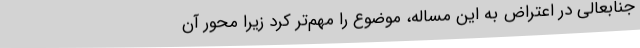
جنابعالی در اعتراض به این مساله، موضوع را مهم‌تر کرد زیرا محور آن